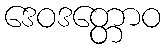
ဒေဝဒတ္တောဝ